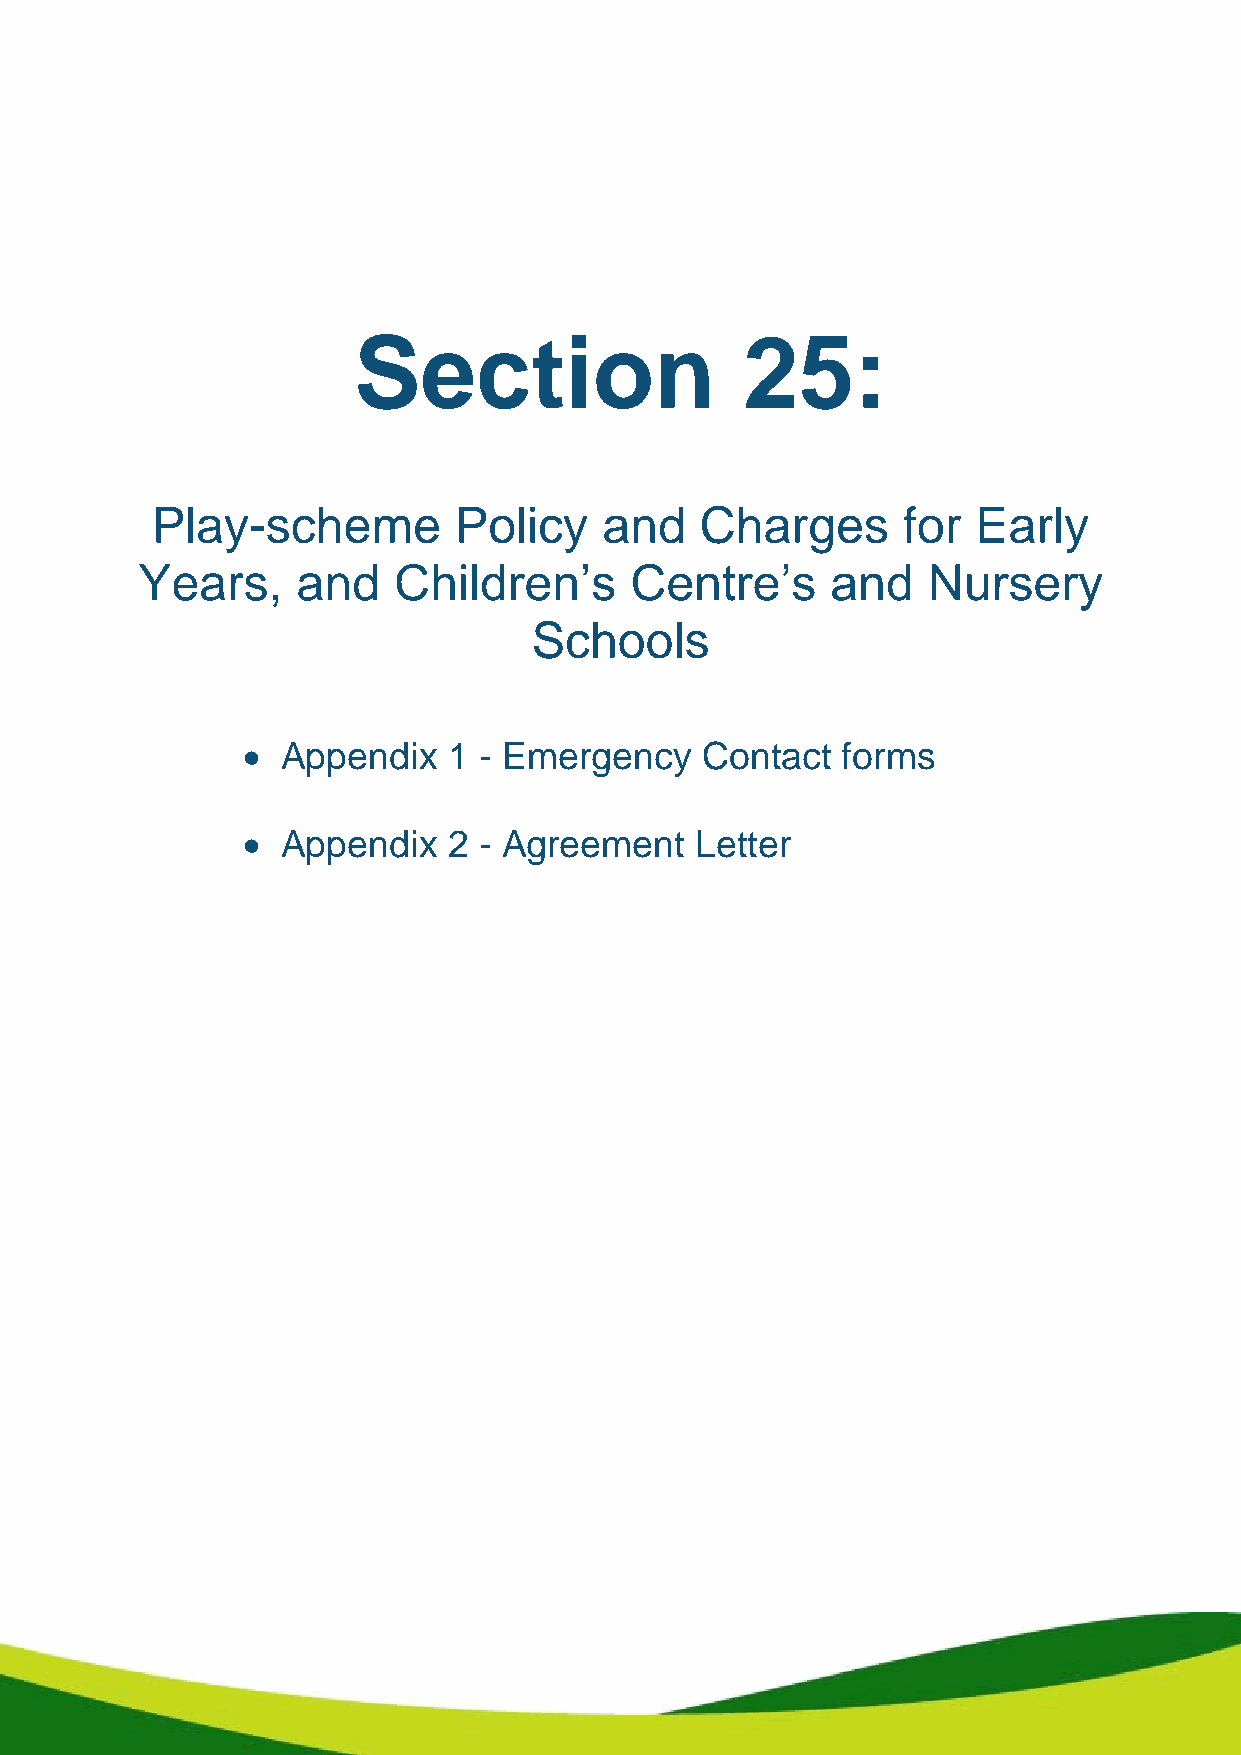
Section                   25:
 Play-scheme         Policy    and   Charges       for  Early
 Years,     and   Children’s      Centre’s     and   Nursery
 Schools
   Appendix   1 - Emergency   Contact   forms
   Appendix   2 - Agreement   Letter